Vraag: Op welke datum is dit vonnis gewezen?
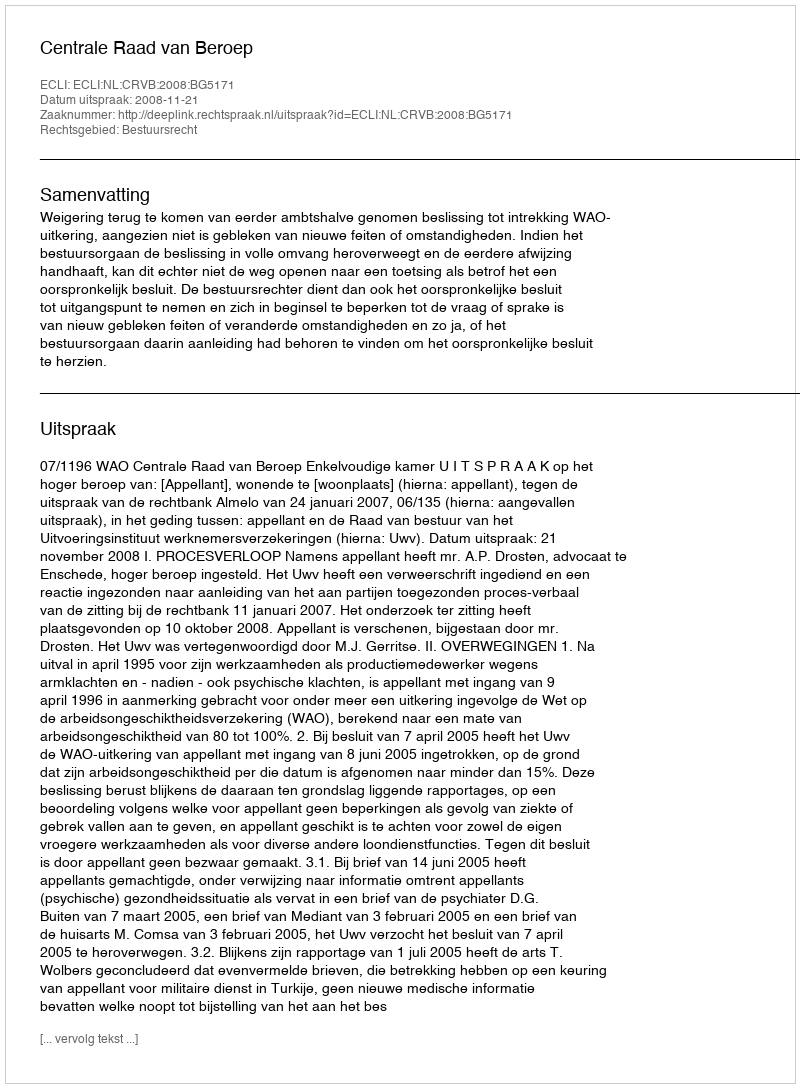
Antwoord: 2008-11-21